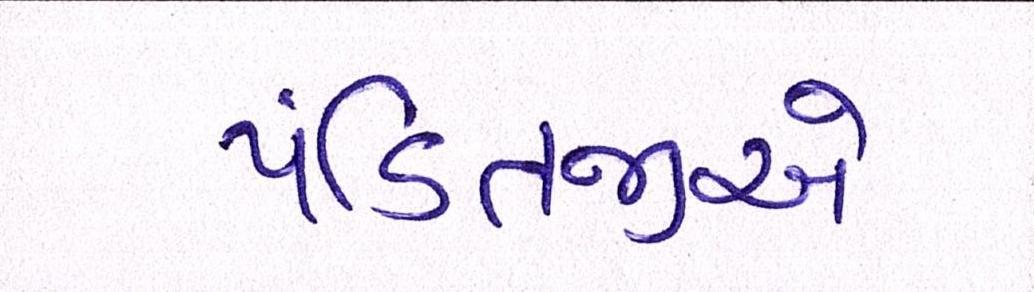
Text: પંડિતજીએ